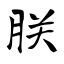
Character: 朕